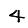
Digit: 4